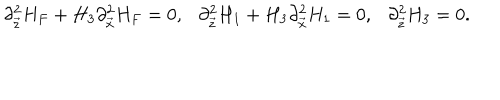
LaTeX: \partial _ { \vec { z } } ^ { 2 } H _ { F } + H _ { 3 } \partial _ { \vec { x } } ^ { 2 } H _ { F } = 0 , \ \ \ \partial _ { \vec { z } } ^ { 2 } H _ { 1 } + H _ { 3 } \partial _ { \vec { x } } ^ { 2 } H _ { 1 } = 0 , \ \ \ \partial _ { \vec { z } } ^ { 2 } H _ { 3 } = 0 .